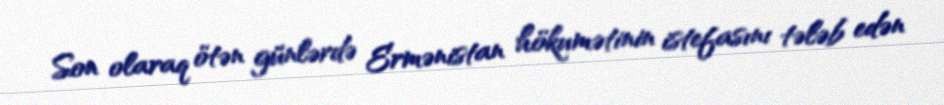
Son olaraq ötən günlərdə Ermənistan hökumətinin istefasını tələb edən